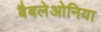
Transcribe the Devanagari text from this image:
बैबलेओनिया